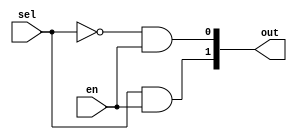
module z_decoder_2(sel, en, out);
	input sel, en;
	output [1:0] out;
	wire w0;
	not not1(w0, sel);
	and and0(out[0], w0, en);
	and and1(out[1], sel, en);
	//assign out = sel ? 1'b1 : 1'b10;
endmodule